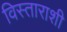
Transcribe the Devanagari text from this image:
विस्ताराशी